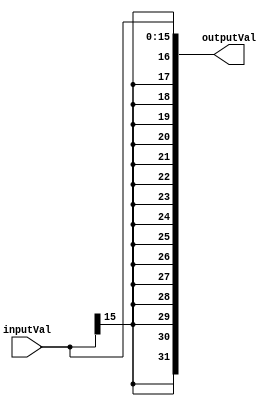
// Sign extender
module signextend(input wire [15:0] inputVal, output wire [31:0] outputVal);

    assign outputVal = { {16{inputVal[15]}}, inputVal };

endmodule

// 32-bit 2 to 1 Multiplexer
module twotoonemux(input wire [31:0] input1, input wire [31:0] input2, input wire sel, output wire [31:0] outputval);

    assign outputval = (sel == 0) ? input1 : input2;

endmodule

// 5-bit 2 to 1 Multiplexer
module twotoonemux_5bit(input wire [4:0] input1, input wire [4:0] input2, input wire sel, output wire [4:0] outputval);

    assign outputval = (sel == 0) ? input1 : input2;

endmodule

// Arithmetic Logic Unit
module alu(input wire [31:0] op1,input wire [31:0] op2,input wire [3:0] ctrl,output wire [31:0] result);

	assign result = (ctrl == 4'b0000) ? (op1 & op2) : ((ctrl == 4'b0001) ? (op1 | op2) : 
		((ctrl == 4'b0010) ? (op1 + op2) : ((ctrl == 4'b0110) ? (op1 - op2) : 
		((ctrl == 4'b0111) ? ((op1 < op2) ? 1 : 0) : ((ctrl == 4'b1100) ? (~(op1 | op2)) : (op1 + op2)) ) ) ) );

endmodule

// ALU Control
module alucontrol(input wire [5:0] func, input wire [1:0] aluOp, output wire [3:0] aluctrl);
    reg[3:0] Aluctrl;   
    always @(aluOp)
    begin
    case(func)
    32: Aluctrl = 2;    //Add
    34: Aluctrl = 3;    //Sub
    36: Aluctrl = 0;    //AND
    37: Aluctrl = 1;    //OR
    default: Aluctrl = 2;
    endcase
    end
assign aluctrl = Aluctrl;

                   
endmodule

// Register File
module registerfile(input wire rst, input wire [4:0] readReg1, input wire [4:0] readReg2, input wire [4:0] writeReg, 
    input wire [31:0] writeData, input wire regWrite, output reg [31:0] readData1, output reg [31:0] readData2);

    // Register file
    reg [31:0] register[31:0];

    integer i;

    always @(posedge rst)
    begin
        for(i=0;i<32;i=i+1)
        begin
            register[i] = 0;
        end
    end

    always @(readReg1)
    begin
        readData1 = register[readReg1];
    end

    always @(readReg2)
    begin
        readData2 = register[readReg2];
    end

    always @(posedge regWrite)
    begin
    	if(writeReg != 0)
        	register[writeReg] = writeData;
    end

endmodule

// Data Memory
module datamem(input wire rst, input wire [6:0] memAddr, input wire memRead, input wire memWrite, 
    input wire [31:0] writeData, output reg [31:0] readData);

    // Memory
    reg [31:0] memory[127:0];

    integer i;

    always @(posedge rst)
    begin
        for(i=0;i<128;i=i+1)
        begin
            memory[i] = 0;
        end
    end

    always @(posedge memRead)
    begin
        readData = memory[memAddr];
    end

    always @(posedge memWrite)
    begin
        memory[memAddr] = writeData;
    end

endmodule

// FSM portion of Control Path (RegWrite, MemRead, MemWrite)
module controlpathfsm(input wire rst, input wire clk, input wire newInstruction, input wire [5:0] opcode, 
                        output reg _RegWrite, output reg _MemRead, output reg _MemWrite);

                 always @(posedge clk)
						begin
						 case(opcode)
						 0:#5 _RegWrite = 1;
						 35: begin
						 #3 _MemRead = 1;
						 #3 _RegWrite =1;
						 end
						 43:#3 _MemWrite = 1;
                         endcase
						 end
						 
						 always @(rst)
						 begin
						 _RegWrite = 0;
						 _MemWrite = 0;
						 _MemWrite = 0;
						 end
                      

endmodule

// Combinational logic portion of Control Path (MemToReg, RegDst, ALUSrc, ALUOp)
module controlpathcomb(input wire [5:0] opcode, output wire _MemToReg, 
                    output wire _RegDst, output wire _ALUSrc, output wire [1:0] _ALUOp);
    
    reg MemToReg;
    reg RegDst;
    reg ALUSrc;
    reg [1:0] ALUOp;
    always @(*)
    begin 
        case(opcode)
        0: begin
            MemToReg = 0;
            RegDst = 1;
            ALUSrc = 0; 
            ALUOp = 2;
           end
        35:
           begin
            MemToReg = 1; 
            RegDst = 0;
            ALUSrc = 1; 
            ALUOp = 2;
           end
        43:
        begin
            MemToReg = 1; 
            RegDst = 0;
            ALUSrc = 1; 
            ALUOp = 2;
           end
       endcase
    end
    assign _MemToReg = MemToReg;
    assign _RegDst = RegDst;
    assign _AluSrc = ALUSrc;
    assign _AlUOp = ALUOp;

                    
endmodule

// The entire CPU without PC, instruction memory, and branch circuit
module mipscpu(input wire reset, input wire clock, input wire [31:0] instrword, input wire newinstr);
    wire MemToReg;
    wire RegDst;
    wire ALUSrc;
    wire [1:0] ALUOp;   
    wire RegWrite;
    wire MemRead;
    wire MemWrite;
    wire [31:0] SignExtended; //Output of SignExtender
    wire [4:0]  WriteReg;     //Output of 5bit Mux
    wire [31:0] WriteData;
    wire [31:0] Read1;
    wire [31:0] Read2;
    wire [31:0] Alu2;
    wire [3:0]  ALUCtrl;
    wire [31:0] ALUResult;
    wire [31:0] DataRead;
    wire [6:0]  MemAddr;
        
        datamem         myDataMem(reset, MemAddr, MemRead, MemWrite, Read2, DataRead);
        controlpathcomb myCPC(instrword[31:26], MemToReg, RegDst, ALUSrc, ALUOp);
        controlpathfsm  myCPF(reset, clock, newinstr, instrword[31:26], RegWrite, MemRead, MemWrite);
        signextend      myExtender(instrword[15:0], SignExtended);
        twotoonemux_5bit my5Mux(instrword[20:16], instrword[15:11], RegDst, WriteReg);
        registerfile    myReg(reset, instrword[25:21], instrword[20:16], WriteReg, WriteData, RegWrite, Read1, Read2);
        twotoonemux     my32Mux(Read2, SignExtended, ALUSrc, Alu2);
        alucontrol      myALUC(instrword[5:0], ALUOp, ALUCtrl);
        alu             myALU(Read1, Alu2, ALUCtrl, ALUResult);
        
        
endmodule